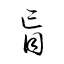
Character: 盲